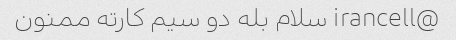
@irancell سلام بله دو سیم کارته ممنون